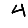
Digit: 4